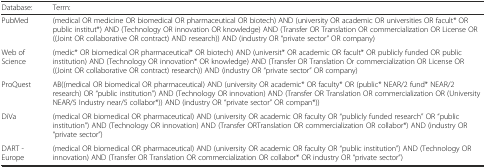
<table><thead><tr><td><b>Database:</b></td><td><b>Term:</b></td></tr></thead><tbody><tr><td>PubMed</td><td>(medical OR medicine OR biomedical OR pharmaceutical OR biotech) AND (university OR academic OR universities OR facult* OR public institut*) AND (Technology OR innovation OR knowledge) AND (Transfer OR Translation OR commercialization OR License OR ((Joint OR collaborative OR contract) AND research)) AND (industry OR “private sector” OR company)</td></tr><tr><td>Web of Science</td><td>(medic* OR biomedical OR pharmaceutical* OR biotech) AND (universit* OR academic OR facult* OR publicly funded OR public institution) AND (Technology OR innovation* OR knowledge) AND (Transfer OR Translation Or commercialization OR License OR ((Joint OR collaborative OR contract) research)) AND (industry OR “private sector” OR company)</td></tr><tr><td>ProQuest</td><td>AB((medical OR biomedical OR pharmaceutical) AND (university OR academic* OR faculty* OR (public* NEAR/2 fund* NEAR/2 research) OR “public institution”) AND (Technology OR innovation) AND (Transfer OR Translation OR commercialization OR (University NEAR/5 Industry near/5 collabor*)) AND (industry OR “private sector” OR compan*))</td></tr><tr><td>DiVa</td><td>(medical OR biomedical OR pharmaceutical) AND (university OR academic OR faculty OR “publicly funded research” OR “public institution”) AND (Technology OR innovation) AND (Transfer ORTranslation OR commercialization OR collabor*) AND (industry OR “private sector”)</td></tr><tr><td>DART - Europe</td><td>(medical OR biomedical OR pharmaceutical) AND (university OR academic OR faculty OR “public institution”) AND (Technology OR innovation) AND (Transfer OR Translation OR commercialization OR collabor* OR industry OR “private sector”)</td></tr></tbody></table>